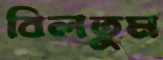
বিলতুম